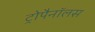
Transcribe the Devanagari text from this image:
ट्रोपैनॉलस